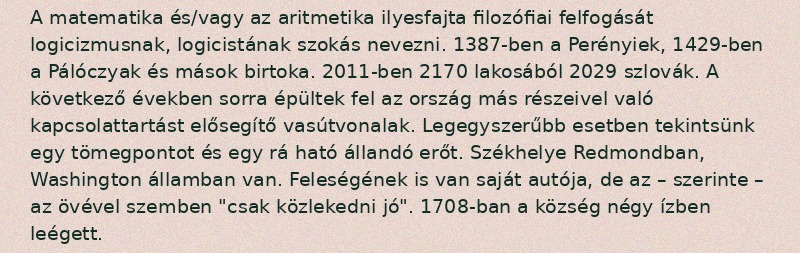
A matematika és/vagy az aritmetika ilyesfajta filozófiai felfogását logicizmusnak, logicistának szokás nevezni. 1387-ben a Perényiek, 1429-ben a Pálóczyak és mások birtoka. 2011-ben 2170 lakosából 2029 szlovák. A következő években sorra épültek fel az ország más részeivel való kapcsolattartást elősegítő vasútvonalak. Legegyszerűbb esetben tekintsünk egy tömegpontot és egy rá ható állandó erőt. Székhelye Redmondban, Washington államban van. Feleségének is van saját autója, de az – szerinte – az övével szemben "csak közlekedni jó". 1708-ban a község négy ízben leégett.